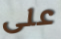
على